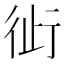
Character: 𬠿